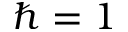
\hbar = 1